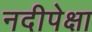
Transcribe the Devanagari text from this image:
नदीपेक्षा